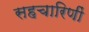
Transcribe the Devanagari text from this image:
सहचारिणीं